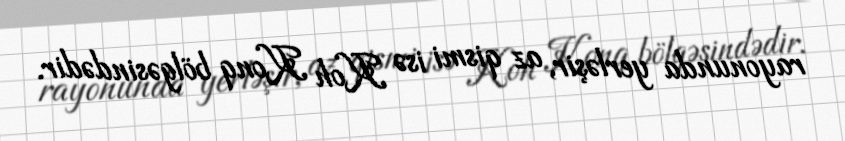
rayonunda yerləşir, az qismi isə Koh Konq bölgəsindədir.